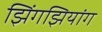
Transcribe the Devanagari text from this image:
झिंगझियांग